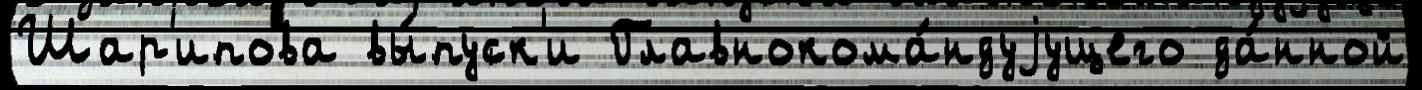
Шар'ипова вы́пуск'и Главнокома́ндуjущего да́нной